Annual statistical returns and brief notes on vaccination in Bengal - 1887-1898
Year: 1887
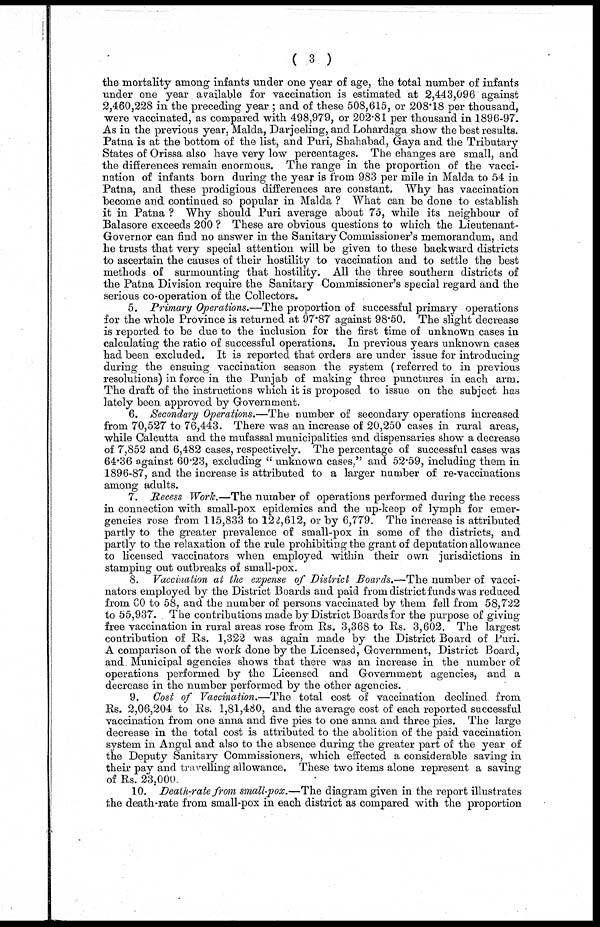
(3)
the mortality among infants under one year of age, the total number of infants
under one year available for vaccination is estimated at 2,443,096 against
2,460,228 in the preceding year ; and of these 508,615, or 208.18 per thousand,
were vaccinated, as compared with 498,979, or 202.81 per thousand in 1896-97.
As in the previous year, Malda, Darjeeling, and Lohardaga show the best results.
Patna is at the bottom of the list, and Puri, Shahabad, Gaya and the Tributary
States of Orissa also have very low percentages. The changes are small, and
the differences remain enormous. The range in the proportion of the vacci-
nation of infants born during the year is from 983 per mile in Malda to 54 in
Patna, and these prodigious differences are constant. Why has vaccination
become and continued so popular in Malda ? What can be done to establish
it in Patna ? Why should Puri average about 75, while its neighbour of
Balasore exceeds 200 ? These are obvious questions to which the Lieutenant-
Governor can find no answer in the Sanitary Commissioner's memorandum, and
he trusts that very special attention will be given to these backward districts
to ascertain the causes of their hostility to vaccination and to settle the best
methods of surmounting that hostility. All the three southern districts of
the Patna Division require the Sanitary Commissioner's special regard and the
serious co-operation of the Collectors.
5. Primary Operations.—The proportion of successful primary operations
for the whole Province is returned at 97.87 against 98.50. The slight decrease
is reported to be due to the inclusion for the first time of unknown cases in
calculating the ratio of successful operations. In previous years unknown cases
had been excluded. It is reported that orders are under issue for introducing
during the ensuing vaccination season the system (referred to in previous
resolutions) in force in the Punjab of making three punctures in each arm.
The draft of the instructions which it is proposed to issue on the subject has
lately been approved by Government.
6. Secondary Operations.—The number of secondary operations increased
from 70,527 to 76,443. There was an increase of 20,250 cases in rural areas,
while Calcutta and the mufassal municipalities and dispensaries show a decrease
of 7,852 and 6,482 cases, respectively. The percentage of successful cases was
64.36 against 60.23, excluding " unknown cases," and 52.59, including them in
1896-87, and the increase is attributed to a larger number of re-vaccinations
among adults.
7. Recess Work.—The number of operations performed during the recess
in connection with small-pox epidemics and the up-keep of lymph for emer-
gencies rose from 115,833 to 122,612, or by 6,779. The increase is attributed
partly to the greater prevalence of small-pox in some of the districts, and
partly to the relaxation of the rule prohibiting the grant of deputation allowance
to licensed vaccinators when employed within their own jurisdictions in
stamping out outbreaks of small-pox.
8. Vaccination at the expense of District Boards.—The number of vacci-
nators employed by the District Boards and paid from district funds was reduced
from 60 to 58, and the number of persons vaccinated by them fell from 58,722
to 55,937. The contributions made by District Boards for the purpose of giving
free vaccination in rural areas rose from Rs. 3,368 to Rs. 3,602. The largest
contribution of Rs. 1,322 was again made by the District Board of Puri.
A comparison of the work done by the Licensed, Government, District Board,
and. Municipal agencies shows that there was an increase in the number of
operations performed by the Licensed and Government agencies, and a
decrease in the number performed by the other agencies.
9. Cost of Vaccination.—The total cost of vaccination declined from
Rs. 2,06,204 to Rs. 1,81,480, and the average cost of each reported successful
vaccination from one anna and five pies to one anna and three pies. The large
decrease in the total cost is attributed to the abolition of the paid vaccination
system in Angul and also to the absence during the greater part of the year of
the Deputy Sanitary Commissioners, which effected a considerable saving in
their pay and travelling allowance. These two items alone represent a saving
of Rs. 23,000.
10. Death-rate from small-pox.—The diagram given in the report illustrates
the death-rate from small-pox in each district as compared with the proportion